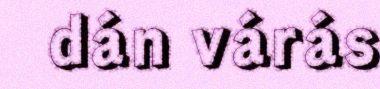
dán várás